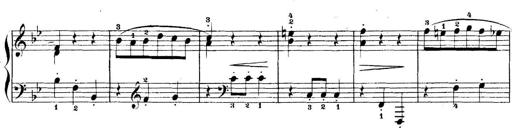
Title: 5 Sonatinas
Composer: Theodor Kirchner